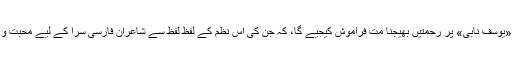
فقط یہ درخواست ہے کہ «یوسف نابی» پر رحمتیں بھیجنا مت فراموش کیجیے گا، کہ جن کی اِس نظم کے لفظ لفظ سے شاعرانِ فارسی سرا کے لیے محبّت و احترام مُترشِّح ہو رہا ہے۔